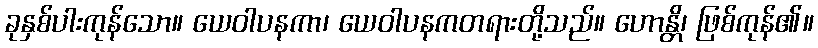
ခုနှစ်ပါးကုန်သော။ ယေဝါပနကာ၊ ယေဝါပနကတရားတို့သည်။ ဟောန္တိ၊ ဖြစ်ကုန်၏။